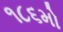
૧૮૬મો